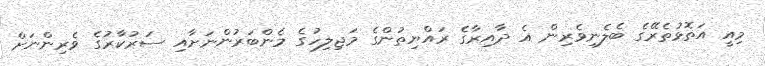
މިއީ އަތޮޅުތެރޭގެ ބެލެނިވެރިން އެ ދާއިރާގެ ރައްޔިތުންގެ މަޖިލިހުގެ މެންބަރުންނަށާއި ސަރުކާރުގެ ވެރިންނަށް